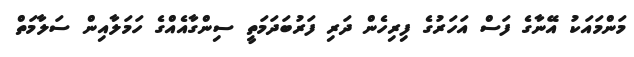
މަންމައަކު އޭނާގެ ފަސް އަހަރުގެ ފިރިހެން ދަރި ފަރުބަދަމަތީ ސިންގާއެއްގެ ހަމަލާއިން ސަލާމަތް